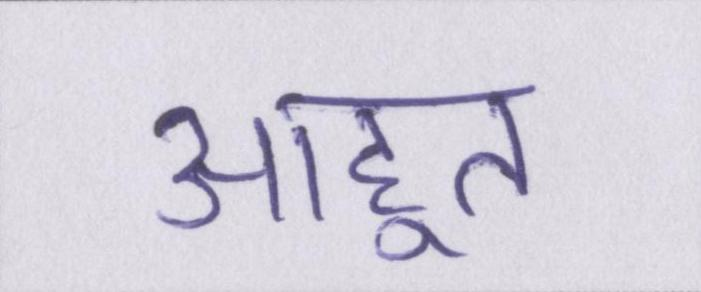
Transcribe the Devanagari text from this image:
आहूत